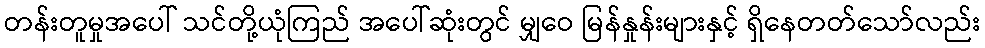
တန်းတူမှုအပေါ် သင်တို့ယုံကြည် အပေါ်ဆုံးတွင် မျှဝေ မြန်နှုန်းများနှင့် ရှိနေတတ်သော်လည်း